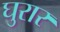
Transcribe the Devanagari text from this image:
घुरार